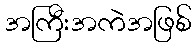
အကြီးအကဲအဖြစ်